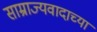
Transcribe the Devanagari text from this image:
साम्राज्यवादाच्या